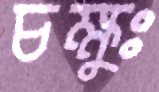
চক্ষুঃ